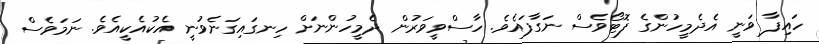
ހައިފާ ވަނީ އެދެމީހުންގެ ފޮޓޯވެސް ނަގާފައެވެ. ހާސްވީވަރުން ދެމީހުންނަށް ހިނގައިގަނެވުނީ އެކުއެކީއެވެ. ނަމަވެސް